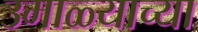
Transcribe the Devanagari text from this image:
उमाळ्याच्या